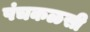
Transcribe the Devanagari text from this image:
पंचकळसी